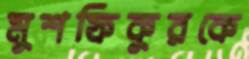
মুশফিকুরকে